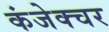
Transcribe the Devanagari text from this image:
कंजेक्चर